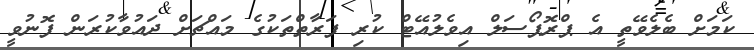
ކަމަށް ބެލެވޭތީ އެ ޕްރޮޕޯސަލް އިވެލުއޭޓް ކުރި ފަރާތްތަކުގެ މައްޗަށް ދައުވާކުރަން ފޮނުވީ